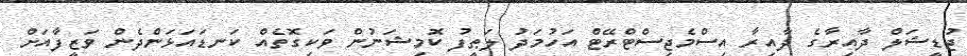
ޖުޑީޝަލް ދާއިރާގެ ދާއިރާ އިސްމެޖިސްޓްރޭޓް އަހުމަދު ލަޠީފު ކޮމިޝަނުން ވަކިގޮތެއް ކަނޑައަޅަންދެން ވަޒީފާއަށް